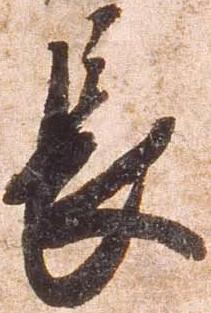
長